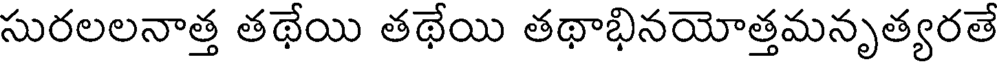
సురలలనాత్త తథేయి తథేయి తథాభినయోత్తమనృత్యరతే